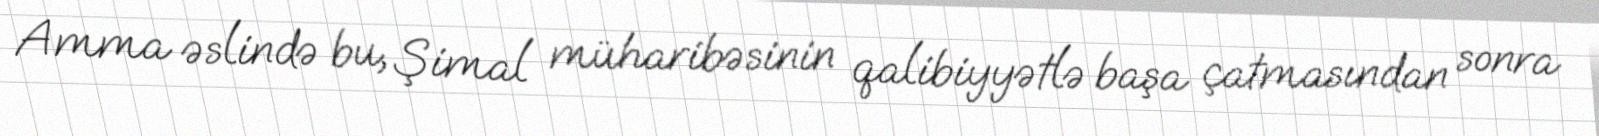
Amma əslində bu, Şimal müharibəsinin qalibiyyətlə başa çatmasından sonra